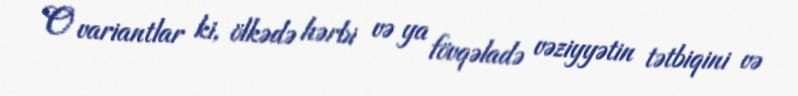
O variantlar ki, ölkədə hərbi və ya fövqəladə vəziyyətin tətbiqini və